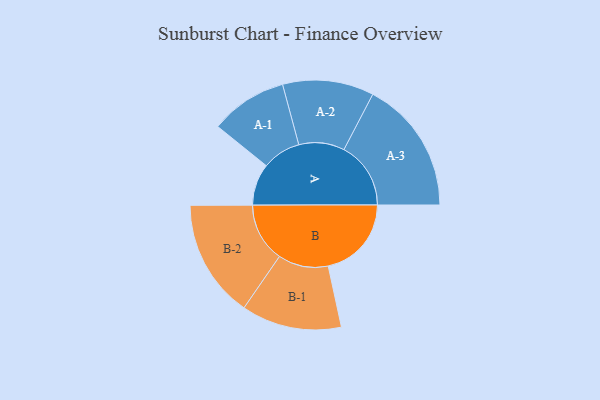
{"axis": {"x": "Segment", "y": "Value"}, "legend": ["", "A", "B"], "data": [{"x": "A", "y": 130, "type": ""}, {"x": "B", "y": 259, "type": ""}, {"x": "A-1", "y": 120, "type": "A"}, {"x": "A-2", "y": 142, "type": "A"}, {"x": "A-3", "y": 208, "type": "A"}, {"x": "B-1", "y": 156, "type": "B"}, {"x": "B-2", "y": 184, "type": "B"}]}